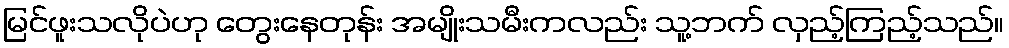
မြင်ဖူးသလိုပဲဟု တွေးနေတုန်း အမျိုးသမီးကလည်း သူ့ဘက် လှည့်ကြည့်သည်။